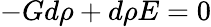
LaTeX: -Gd\rho+d\rho E=0